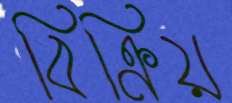
বিক্রিয়